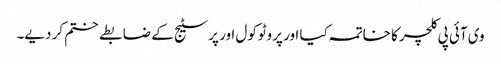
وی آئی پی کلچر کا خاتمہ کیا اور پروٹوکول اور پرسٹیج کے ضابطے ختم کر دیے۔